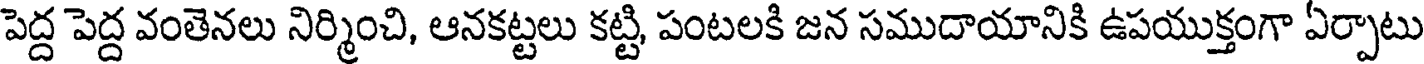
పెద్ద పెద్ద వంతెనలు నిర్మించి, ఆనకట్టలు కట్టి, పంటలకి జన సముదాయానికి ఉపయుక్తంగా ఏర్పాటు